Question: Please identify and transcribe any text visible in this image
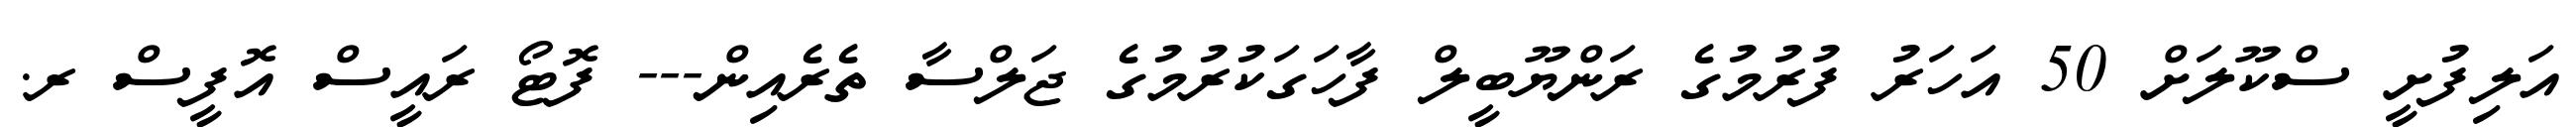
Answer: އަލިފުށީ ސްކޫލަށް 50 އަހަރު ފުރުމުގެ ރަންޔޫބީލް ފާހަގަކުރުމުގެ ޖަލްސާ ތެރެއިން--- ފޮޓޯ ރައީސް އޮފީސް ރ.